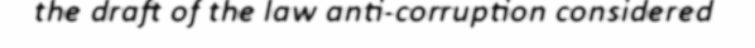
the draft of the law anti-corruption considered